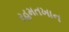
રહમતખાન